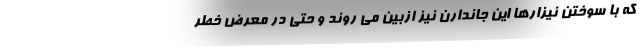
که با سوختن نیزارها این جاندارن نیز ازبین می روند و حتی در معرض خطر